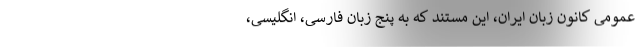
عمومی کانون زبان ایران، این مستند که به پنج زبان فارسی، انگلیسی،